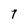
Character: 7